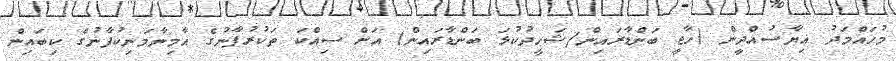
މުހައްމަދު ޣިޔާސުއްދީން (ހާޖީ ބަންޑާރައިން/ޝަހީދުކުޅަ ބަންޑާރައިން) އަށް ސިއްކަ ތަކުރުފާނުގެ އާމިނާމަނިކުފާނުގެ ކިބައިން